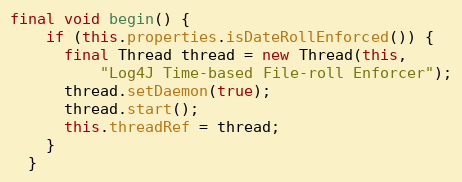
Language: Java
final void begin() {
    if (this.properties.isDateRollEnforced()) {
      final Thread thread = new Thread(this,
          "Log4J Time-based File-roll Enforcer");
      thread.setDaemon(true);
      thread.start();
      this.threadRef = thread;
    }
  }